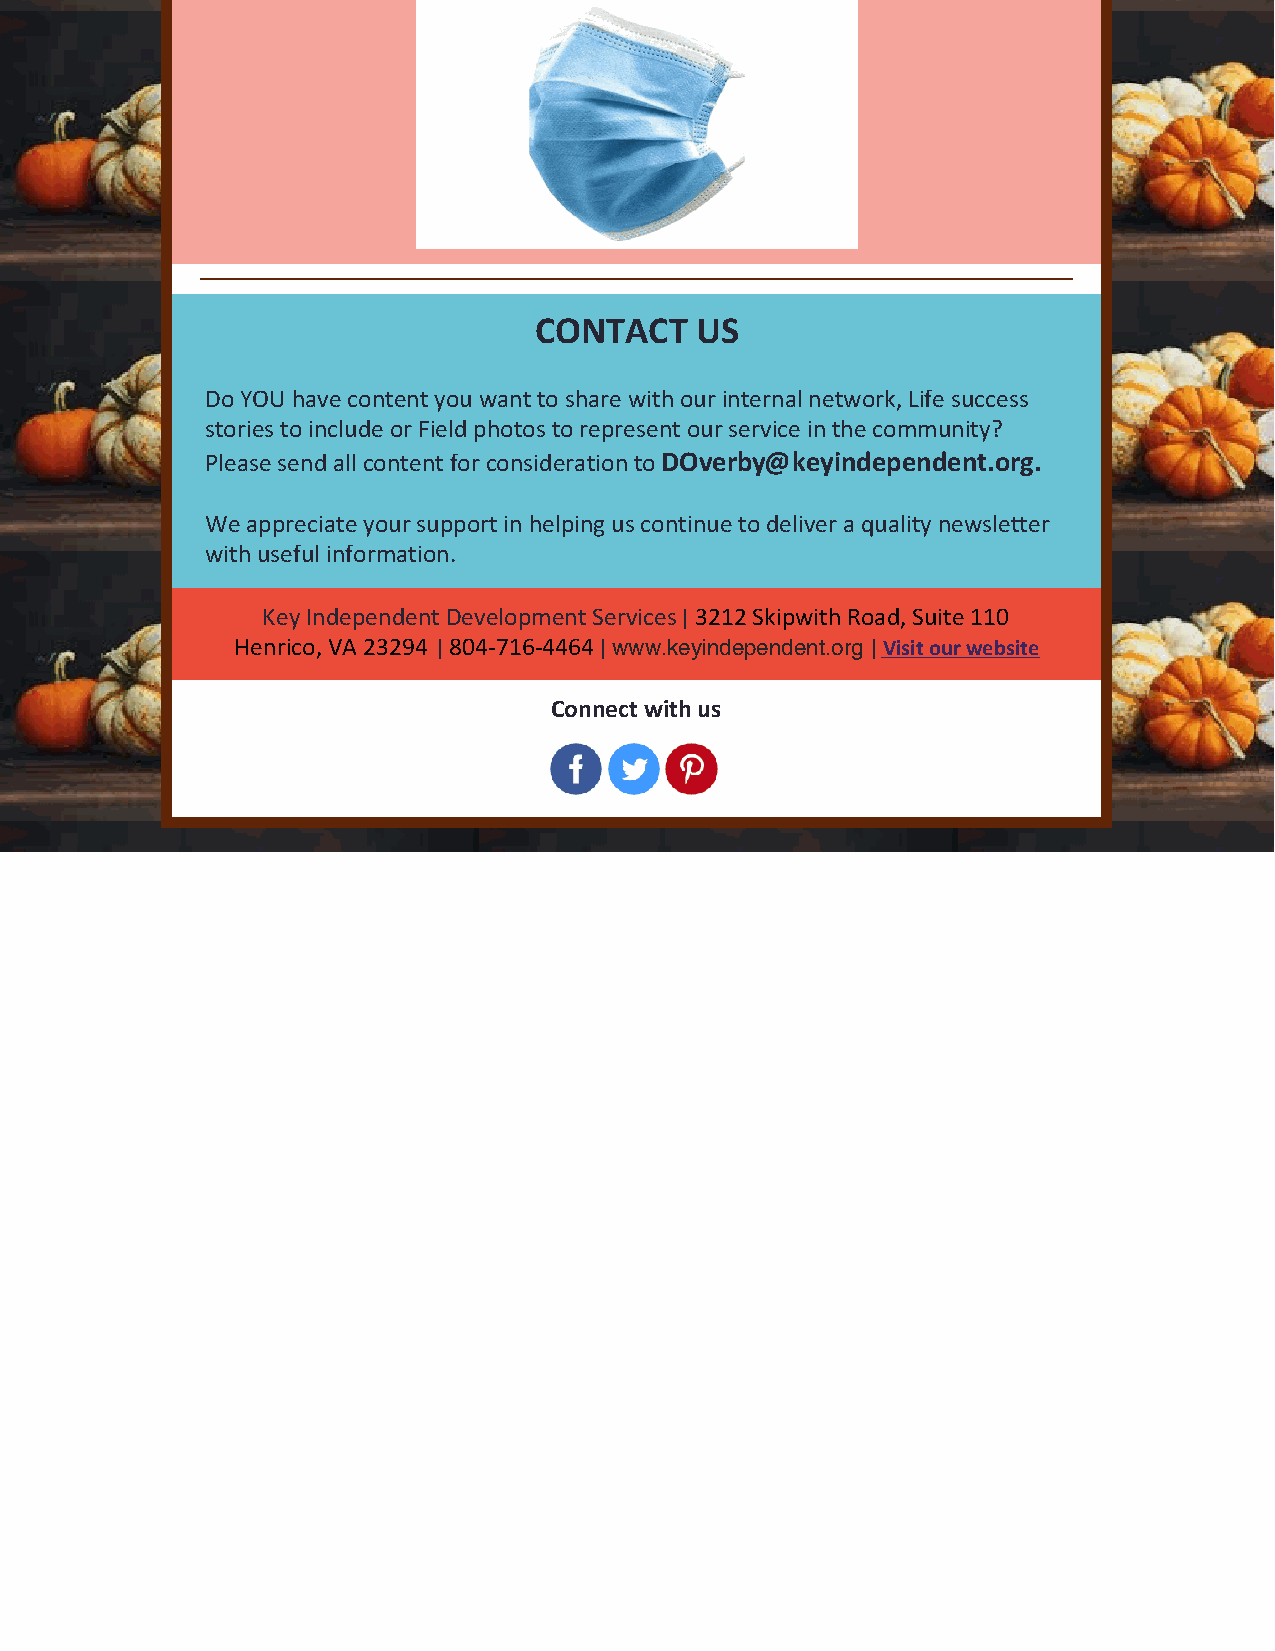
CONTACT    US
 Do YOU have content you want to share with our internal network, Life success
 stories to include or Field photos to represent our service in the community?
 Please send all content for consideration to DOverby@keyindependent.org.
 We appreciate your support in helping us continue to deliver a quality newsletter
 with useful information.
 Key Independent Development Services| 3212 Skipwith Road, Suite 110
 Henrico, VA 23294 | 804-716-4464 | www.keyindependent.org​ | Visit our website
 Connect with us
 ​   ​   ​